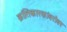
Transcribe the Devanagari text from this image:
क्रांतिकारकांबरोबर